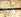
هذه